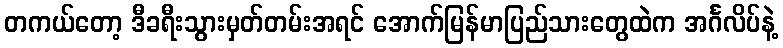
တကယ်တော့ ဒီခရီးသွားမှတ်တမ်းအရင် အောက်မြန်မာပြည်သားတွေထဲက အင်္ဂလိပ်နဲ့